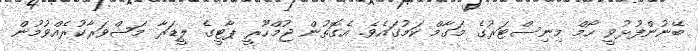
ބޭނުންފުޅުވީ ހޯމް މިނިސްޓަރުގެ މަގާމް ކަމުގައެވެ. އެގޮތުން ޖުމްހޫރީ ޕާޓީގެ ލީޑަރާ މަޝްވަރާކުރެއްވުމުން